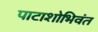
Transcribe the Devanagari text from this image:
पाटाशोभिवंत